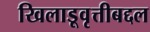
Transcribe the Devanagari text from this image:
खिलाडूवृत्तीबद्दल